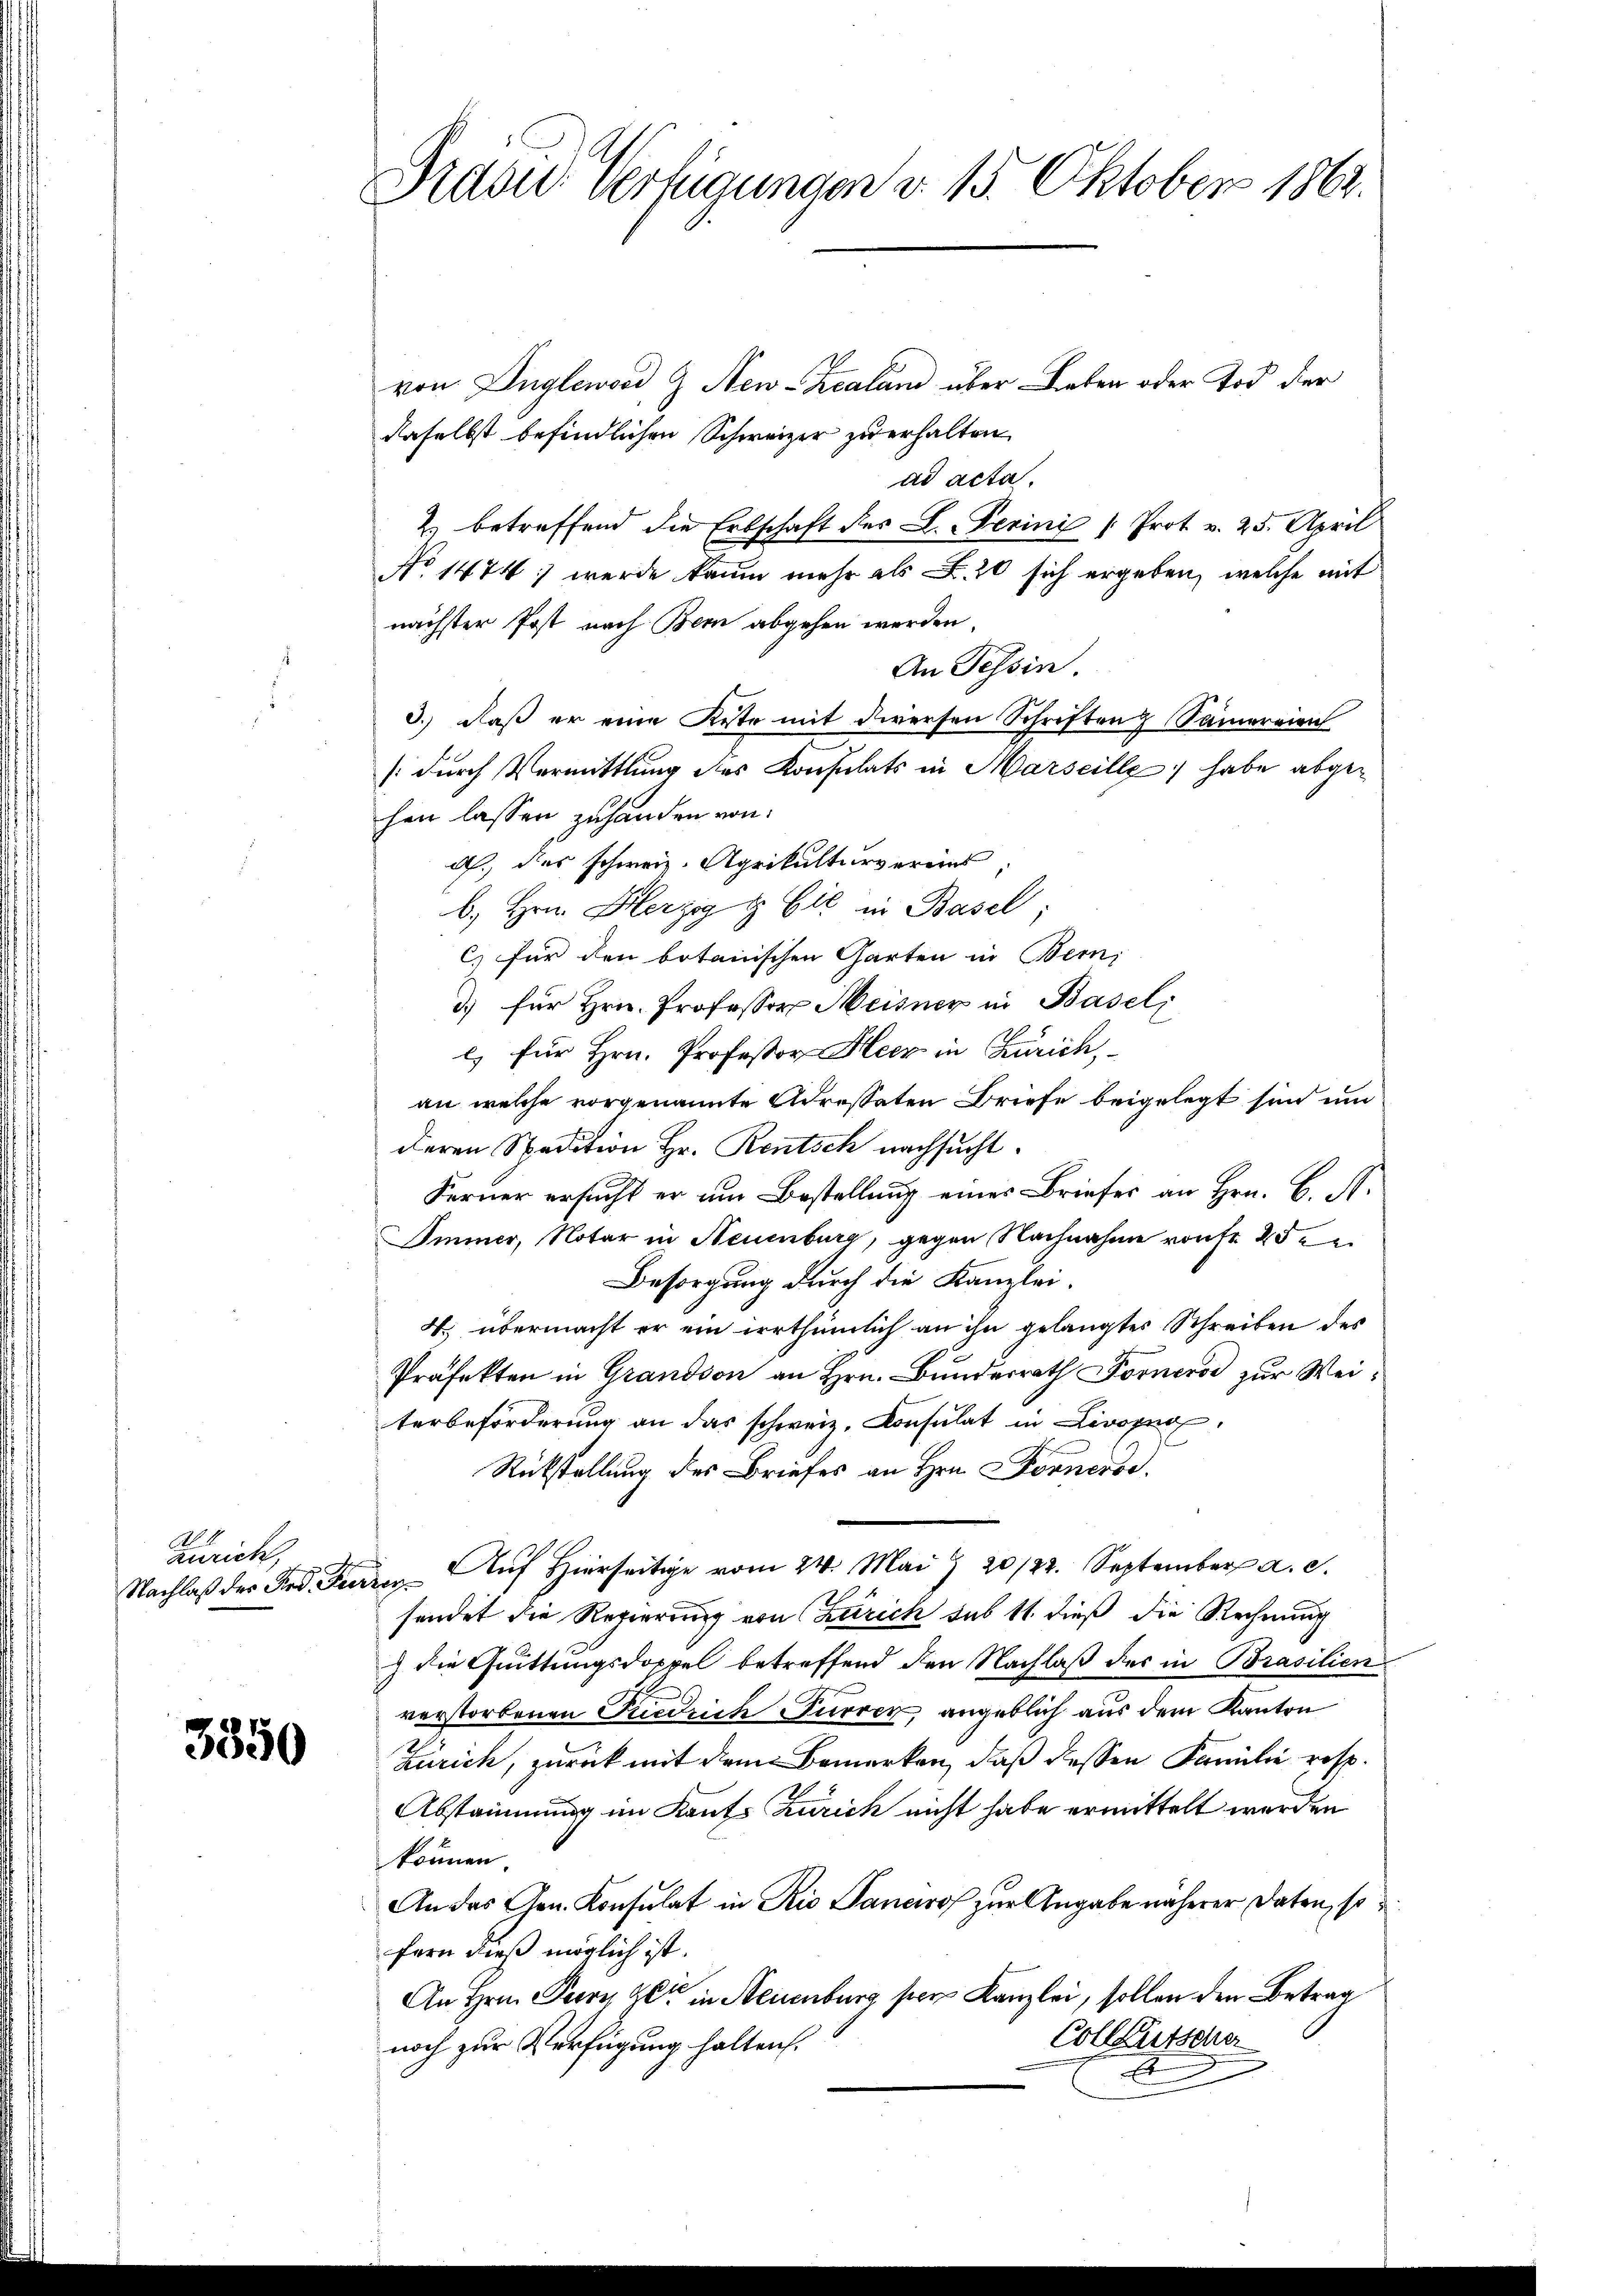
Zürich,
Nachlaß der Frd. Die

3350

Grade Verfügungen d. 15. Oktober 1862.

von Ungleword, & Neu-Scalan über Lieben oder Tod der
daselbst befindlichen Schweizer zu erhalten.
ad acta.
2. betreffend die Erbschaft des L. erini Prot v. 25. April
No 1474 wurde kaum mehr als Z. 20 sich ergeben, welche mit
nächster Post nach Bern abgehen werden.
An Tessin.
3.) daß er eine Reste mit diversen Schriften Samereien
(durch Vermittlung des Konsulats in Marseille habe abgehen lassen zuhanden von
d., das schweiz. Aprikulturvereins
b. Hrn. Berzig & Cie in Basel;
C) für den botanischen Garten in Bern,
3) für Hrn. Professor Meisner in Basel,
l. für Hrn. Professor Heer in Zürich,
an welche vorgenannte Adressaten Briefe beigelegt sind und
deren Spedition Hr. Rentsch nachsucht.
Ferner ersucht er um Bestellung eines Briefes an Hrn. B. N.
Immer, Notar in Neuenburg, gegen Nachnahme von Fr. 25
Besorgung durch die Kanzlei.
4. übermacht er ein irrthümlich an ihn gelangtes Schreiben des
Präfekten in Grandson an Hrn. Bunderrath Forneros zur Weiterbeförderung an das schweiz. Konsulat in Livorne
Rückstellung des Briefes an Hrn. Fornerse
Aŭf Hierseitige vom 24. Mai & 20/22. September a. c.
og
sendet die Regierung von Zürich sub 11 dieß die Rechnung
) die Güttungsdoppel betreffend den Nachlaß der in Brasilien
verstorbenen Priedrich Furrer, angeblich aus dem Kanton
Zürich, zurück mit dem Bemerken, daß dessen Familie resp.
Abstammung im Kants Zürich nicht habe ermittelt werden
können
An das Gen. Konsulat in Rio Sancwof zur Angabe näherer Daten, so
fern dieß möglich ist.
An Hrn. Parry et in Steuenburg per Kanzlei, sollen den Betrag
Colleutsche
noch zur Verfügung halten.
b